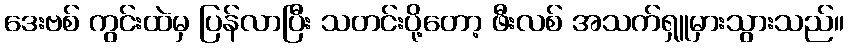
ဒေးဗစ် ကွင်းထဲမှ ပြန်လာပြီး သတင်းပို့တော့ ဖီးလစ် အသက်ရှူမှားသွားသည်။